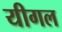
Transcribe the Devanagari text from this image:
यीगल